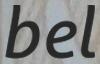
bel